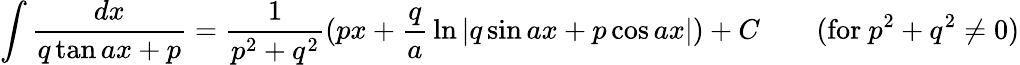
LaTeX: \int{\frac{dx}{q\tan ax+p}}={\frac{1}{p^{2}+q^{2}}}(px+{\frac{q}{a}}\ln|q\sin ax+p\cos ax|)+C\qquad{\mathrm{(for~}}p^{2}+q^{2}\neq 0{\mathrm{)}}